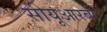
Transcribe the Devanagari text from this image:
सीयूआरबी